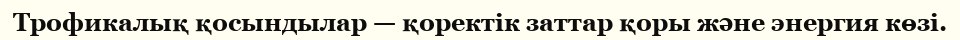
Трофикалық қосындылар — қоректік заттар қоры және энергия көзі.